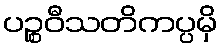
ပဉ္စဝီသတိကပ္ပမှိ